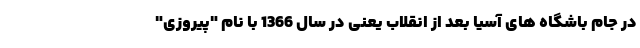
در جام باشگاه های آسیا بعد از انقلاب یعنی در سال 1366 با نام "پیروزی"